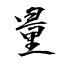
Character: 量